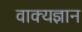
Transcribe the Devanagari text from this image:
वाक्यज्ञान